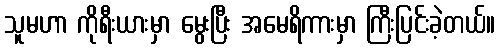
သူမဟာ ကိုရီးယားမှာ မွေးပြီး အမေရိကားမှာ ကြီးပြင်းခဲ့တယ်။